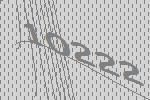
10222